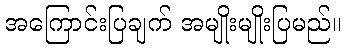
အကြောင်းပြချက် အမျိုးမျိုးပြမည်။